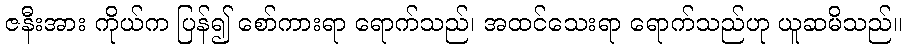
ဇနီးအား ကိုယ်က ပြန်၍ စော်ကားရာ ရောက်သည်၊ အထင်သေးရာ ရောက်သည်ဟု ယူဆမိသည်။